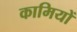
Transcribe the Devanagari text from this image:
कामियों